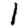
Digit: 1